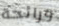
ورائحة